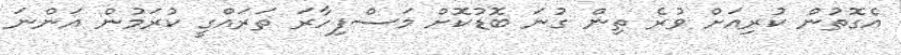
އެގޮތުން ކުރިއަށް ވުރެ ތިން ގުނަ ބޮޑުކޮށް މަސްފިހާރަ ތަރައްގީ ކުރަމުން އަންނަ